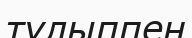
тұлыппен